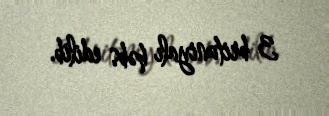
3 britaniyalı həbs edilib.